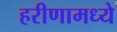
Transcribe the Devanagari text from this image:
हरीणामध्ये